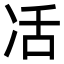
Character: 㓉